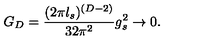
G _ { D } = { \frac { ( { 2 \pi l _ { s } } ) ^ { ( D - 2 ) } } { 3 2 \pi ^ { 2 } } } g _ { s } ^ { 2 } \rightarrow 0 .